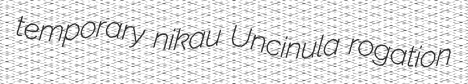
temporary nikau Uncinula rogation